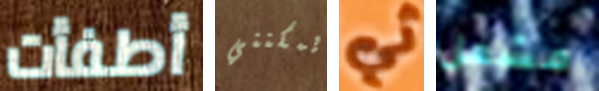
أطفأت يمكنني ثي مشعل